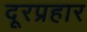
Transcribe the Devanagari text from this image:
दूरप्रहार